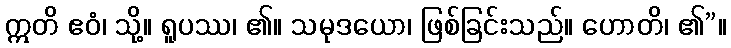
ဣတိ ဧဝံ၊ သို့။ ရူပဿ၊ ၏။ သမုဒယော၊ ဖြစ်ခြင်းသည်။ ဟောတိ၊ ၏”။